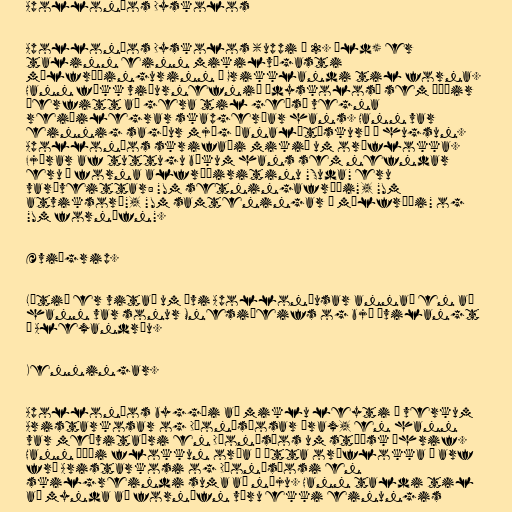
Apolloníos Dyskolos

Apolloníos Dyskolos (uppi á 2. öld) er
talinn einn mikilvægasti
málfræðingurinn í Grikklandi til forna.
Hann fékk viðurnefnið „dyskolos“ sem þýðir
„erfitt að gera til geðs“ vegna
reiðilegrar skapgerðar hans. Hann var
einnig sagður mjög „analýtískur“ í hugsun.
Apolloníos skrifaði mikið um orðflokka.
Fjórar af tuttugu bókum hans sem nefndar
eru í forna alfræðiritinu "Suda" eru
varðveittar: "Um setningafræði", "Um
atviksorð", "Um samteningar í málfræði" og
"Um fornöfn".

Æviágrip.

Lítið er vitað um ævi Apolloníusar annað en að
hann var sonur Mnesiþeifs og bjó ævilangt
í Alexandríu.

Kenningar.

Apolloníos byggði að miklu leyti á verkum
Aristarkosar og Díonýsíosar Þrax, en hann
var meðvitaðri en Díonýsíos um stóísk áhrif.
Hann þáði flokkun orða í átta orðflokka í arf
frá Aristarkosi og Díonýsíosi en
skilgreindi suma að nýju. Hann taldi til
að mynda að fornöfn væru ekki einungis